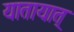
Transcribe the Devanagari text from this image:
यातायात्